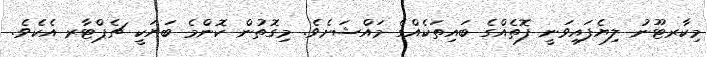
މިކާރޓޫނު ލިޔެފައިވަނީ ފޮތެއްގެ ބައިތަކެއްގެ މައްޝަށެވެ. މިގޮތުން ކޮންމެ ބަޔަކީ ޗެޕްޓާރ އެކެވެ.